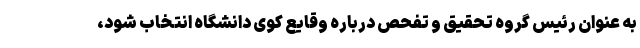
به عنوان رئیس گروه تحقیق و تفحص درباره وقایع کوی دانشگاه انتخاب شود،